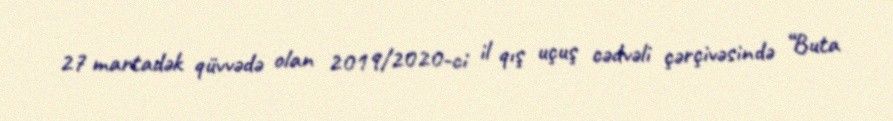
27 martadək qüvvədə olan 2019/2020-ci il qış uçuş cədvəli çərçivəsində “Buta